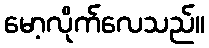
မော့လိုက်လေသည်။